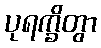
ပုရက္ခိတွာ